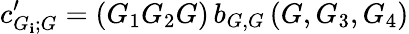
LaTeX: c_{G_{\mathbf{i}};G}^{\prime}=(G_{1}G_{2}G)\, b_{G,G}\, (G,G_{3},G_{4})